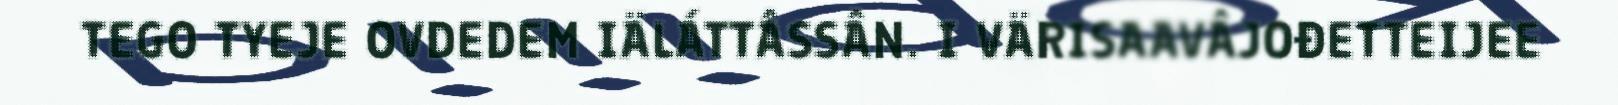
TEGO TYEJE OVDEDEM IÄLÁTTÂSSÂN. I VÄRISAAVÂJOĐETTEIJEE